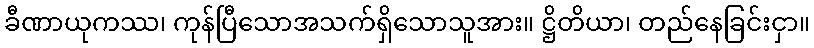
ခီဏာယုကဿ၊ ကုန်ပြီသောအသက်ရှိသောသူအား။ ဋ္ဌိတိယာ၊ တည်နေခြင်းငှာ။